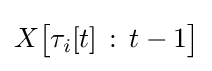
X{\bigl [}\tau _{i}[t]\,\mathrel {:} \,t-1{\bigr ]}